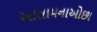
આસામનાઓછા